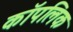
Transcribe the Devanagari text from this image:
कॉपलिक